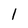
Character: l